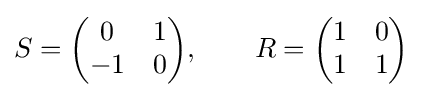
S={\begin{pmatrix}0&1\\-1&0\end{pmatrix}},\qquad R={\begin{pmatrix}1&0\\1&1\end{pmatrix}}